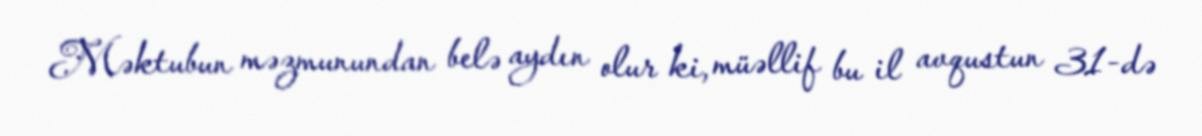
Məktubun məzmunundan belə aydın olur ki, müəllif bu il avqustun 31-də